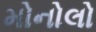
મોનોલો